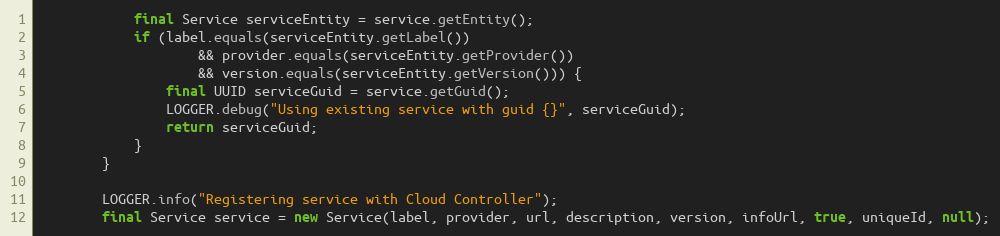
Language: Java
			final Service serviceEntity = service.getEntity();
			if (label.equals(serviceEntity.getLabel())
					&& provider.equals(serviceEntity.getProvider())
					&& version.equals(serviceEntity.getVersion())) {
				final UUID serviceGuid = service.getGuid();
				LOGGER.debug("Using existing service with guid {}", serviceGuid);
				return serviceGuid;
			}
		}

		LOGGER.info("Registering service with Cloud Controller");
		final Service service = new Service(label, provider, url, description, version, infoUrl, true, uniqueId, null);